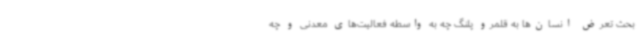
بحث تعرض انسان‌ها به قلمرو پلنگ چه به واسطه فعالیت‌های معدنی و چه